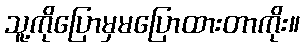
သူ့ကိုပြောမှမပြောထားတာကိုး။